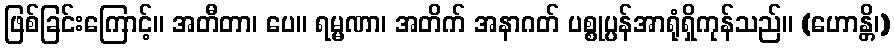
ဖြစ်ခြင်းကြောင့်။ အတီတာ၊ ပေ။ ရမ္မဏာ၊ အတိက် အနာဂတ် ပစ္စုပ္ပန်အာရုံရှိကုန်သည်။ (ဟောန္တိ၊)